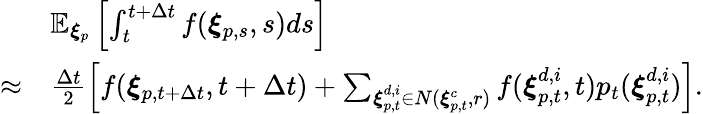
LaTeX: \begin{array}{rl}&{\mathbb{E}_{\boldsymbol{\xi}_{p}}\left[\int_{t}^{t+\Delta t}f(\boldsymbol{\xi}_{p,s},s)ds\right]}\\ {\approx}&{\frac{\Delta t}{2}\left[f(\boldsymbol{\xi}_{p,t+\Delta t},t+\Delta t)+\sum_{\boldsymbol{\xi}_{p,t}^{d,i}\in N(\boldsymbol{\xi}_{p,t}^{c},r)}f(\boldsymbol{\xi}_{p,t}^{d,i},t)p_{t}(\boldsymbol{\xi}_{p,t}^{d,i})\right].}\end{array}